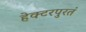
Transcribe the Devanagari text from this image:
हेक्टरपुरतं